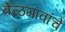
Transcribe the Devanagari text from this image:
बेळगावांचे